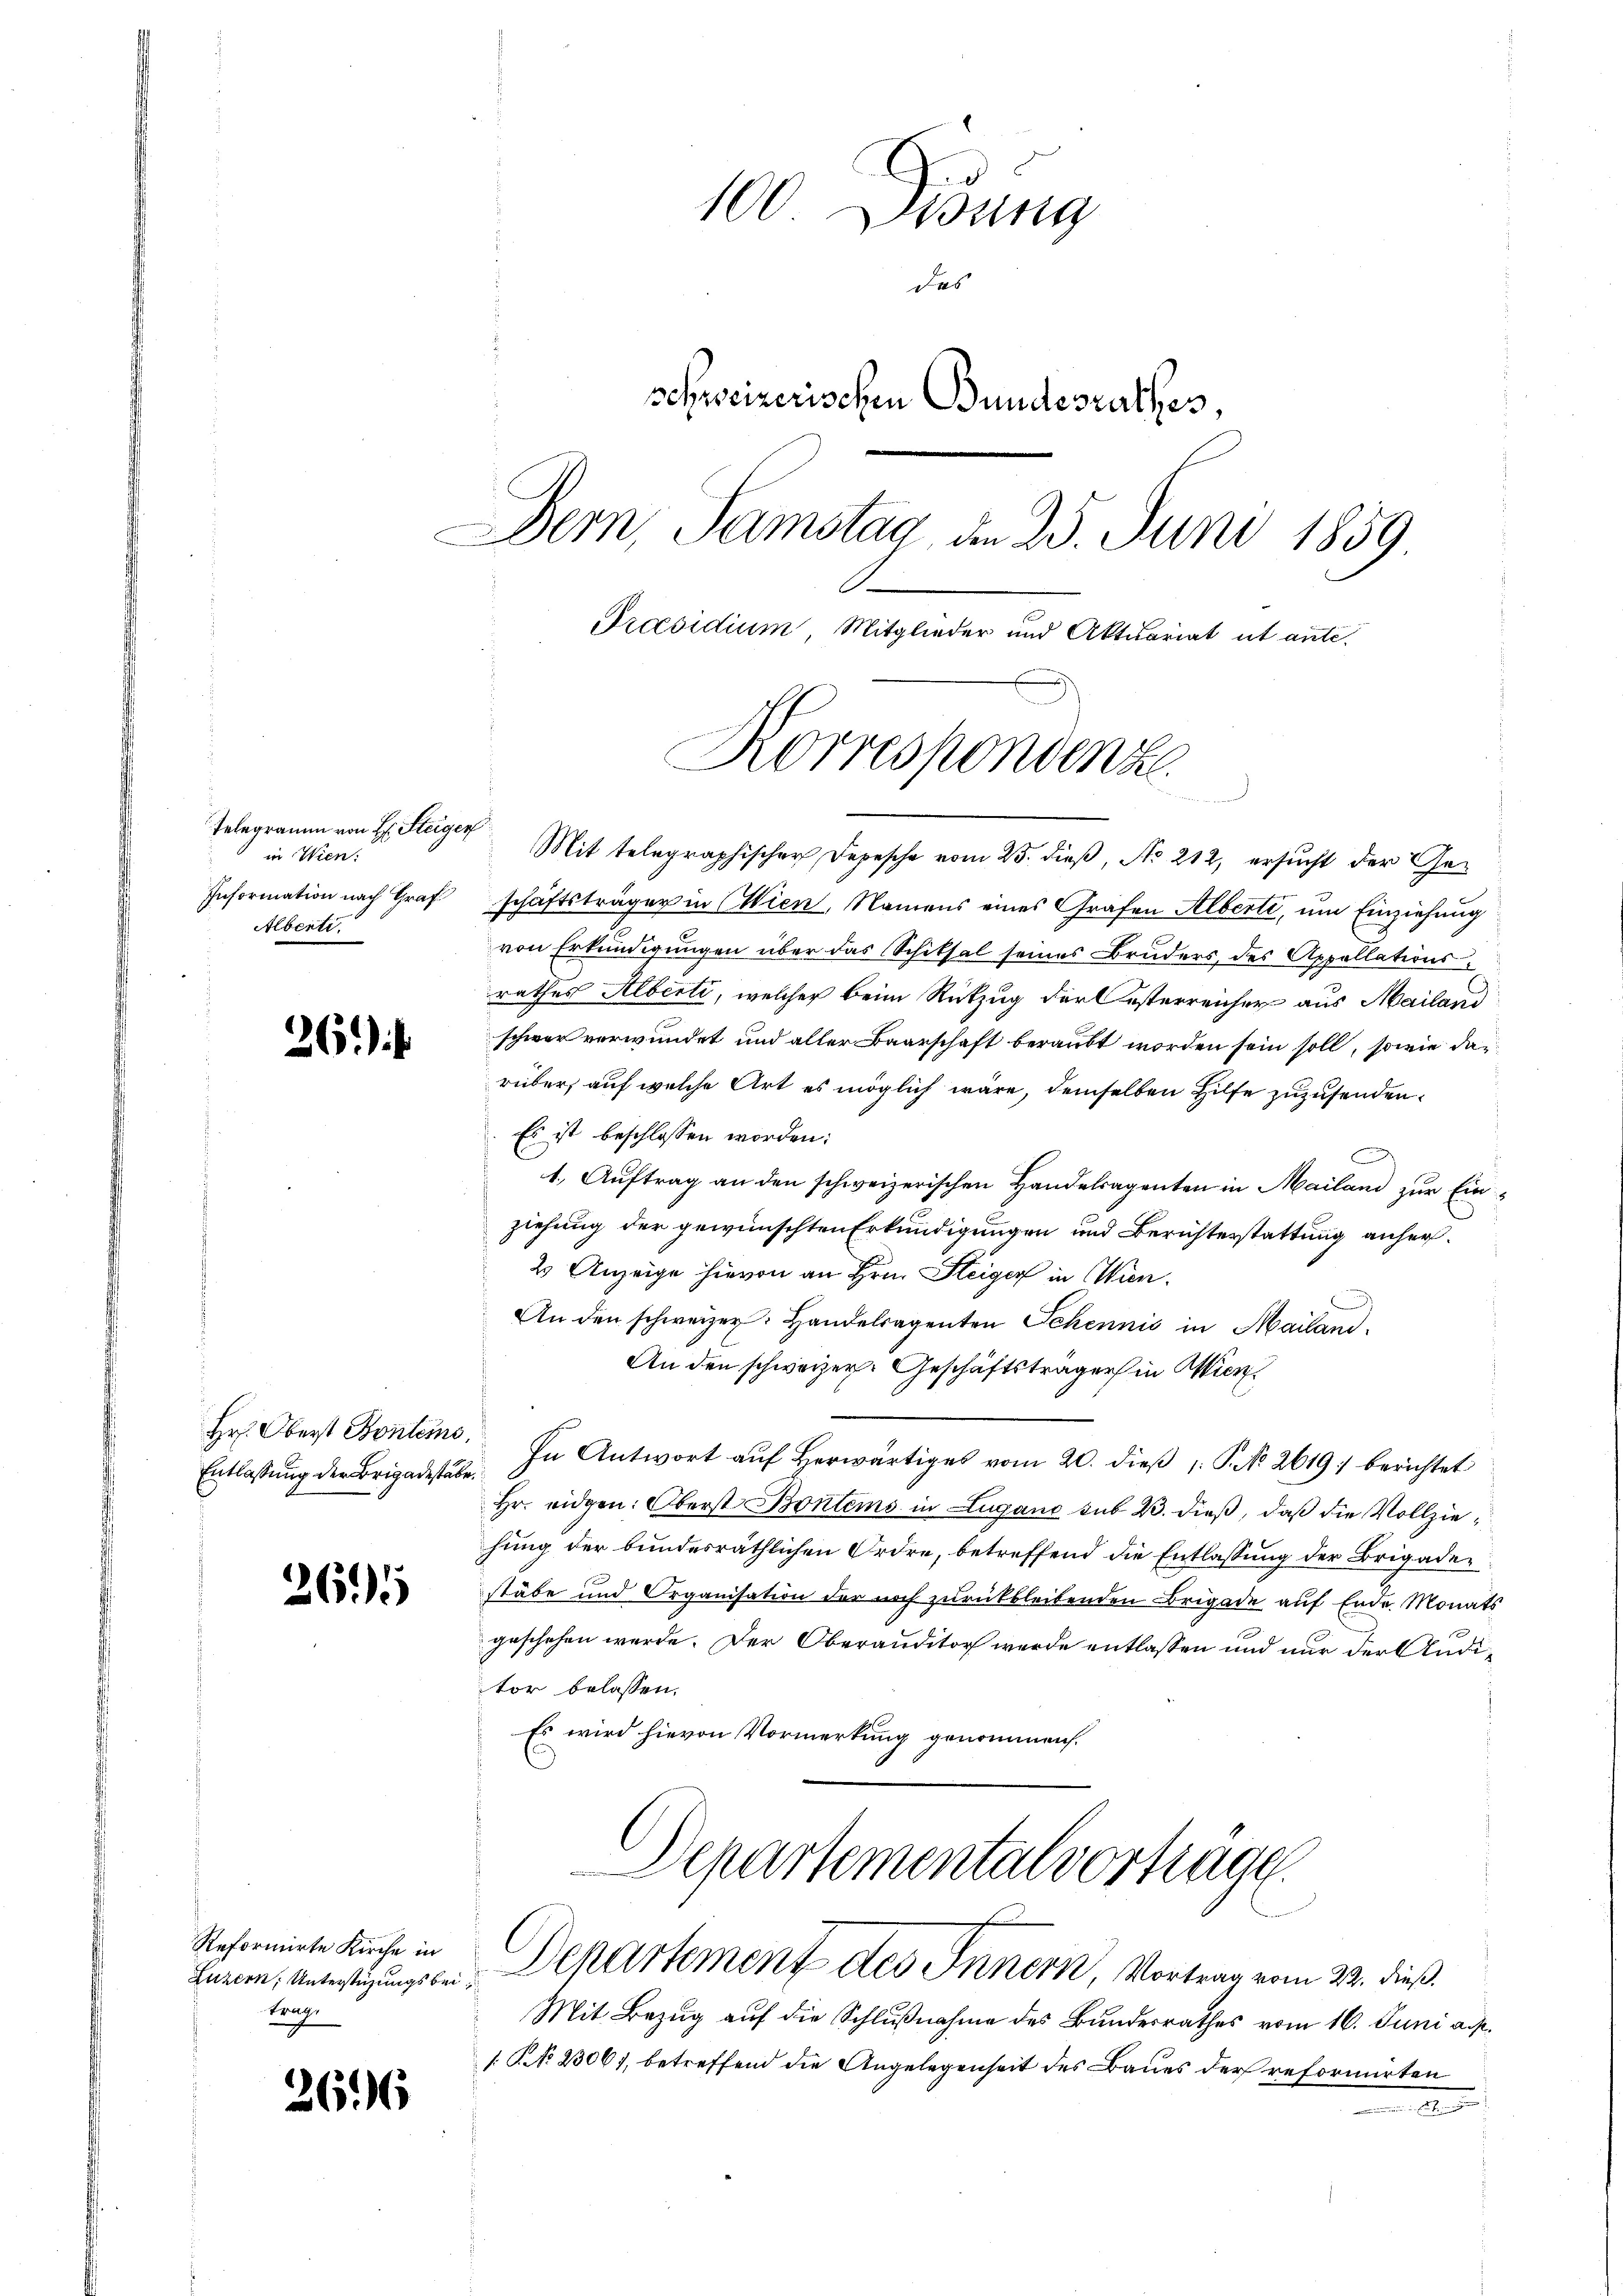
Telegramm von H: Steiger
in Wien.
Information nach Graf
Albertr

261)

Entlassung der Brigadestabe.

265

Reformirte Kirche in
Luzern, Unterstüzungsbeitrage

266

100 Didung
das
schweizerischen Bundesrathes,
Dem Samstag, am 25. Juni 1859
Präsidium, Mitglieder und Aktuariat ut ante.

Mit telegraphischer Depesche vom 25. dieß, No 212, ersucht der Geschäftsträger in Wien, Namens eines Grafen Alberti, um Einziehung
von Erkundigungen über das Schiksal seines Bruders, des Appellationsrathes Alberti, welcher beim Rückzug der esterreicher aus Mailand
schwer verwundet und aller Baarschaft beraubt worden sein soll, sowie dan
rüber, auf welche Art es möglich wäre, demselben Hilfe zuzusenden.
Es ist beschlossen worden:
.
1. Auftrag an den schweizerischen Handelsagenten in Mailand zur Einziehung der gewünschten Erkundigungen und Berichterstattung anher¬
2 Anzeige hievon an Hrn. Steiger in Wien.
An den schweizer: Handelsagenten Schennis in Mailand,
An den schweizer. Geschäftsträger in Wien
Hr. Oberst Bonten. In Antwort aŭf herwärtiges vom 20. dieβ : P. No. 2619) berichtet
Hr. eidgen: Oberst Bontems in Lugane sub 23. dieß, daß die Vollziehung der bundesräthlichen Ordre, betreffend die Entlassung der Brigadestäbe und Organisation der noch zurückbleibenden Brigade auf Ende Monats
geschehen werde. Der Oberauditor werde entlassen und nur der Auditor belassen.
Es wird hievon Vormerkung genommen.
Departementalvertrage.
Departement des Innern, Vortrag vom 22. dieß.
Mit Bezug auf die Schlußnahme des Bundesrathes vom 16. Juni a. p.
[ No 23061, betreffend die Angelegenheit des Baues der reformirten
.

Korrespondenze.
u